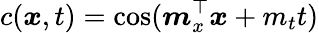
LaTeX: c(\boldsymbol{x},t)=\cos(\boldsymbol{m}_{x}^{\top}\boldsymbol{x}+m_{t}t)